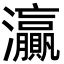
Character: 灜